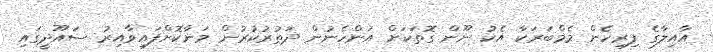
އާއިލާގެ ފިރިހެން މެމްބަރަކާ އެކު ނޫން ގޮތަކަށް އަންހެނުން ދަތުރުކުރުން މަނާކޮށްފައިވާއިރު ސައޫދީގައި